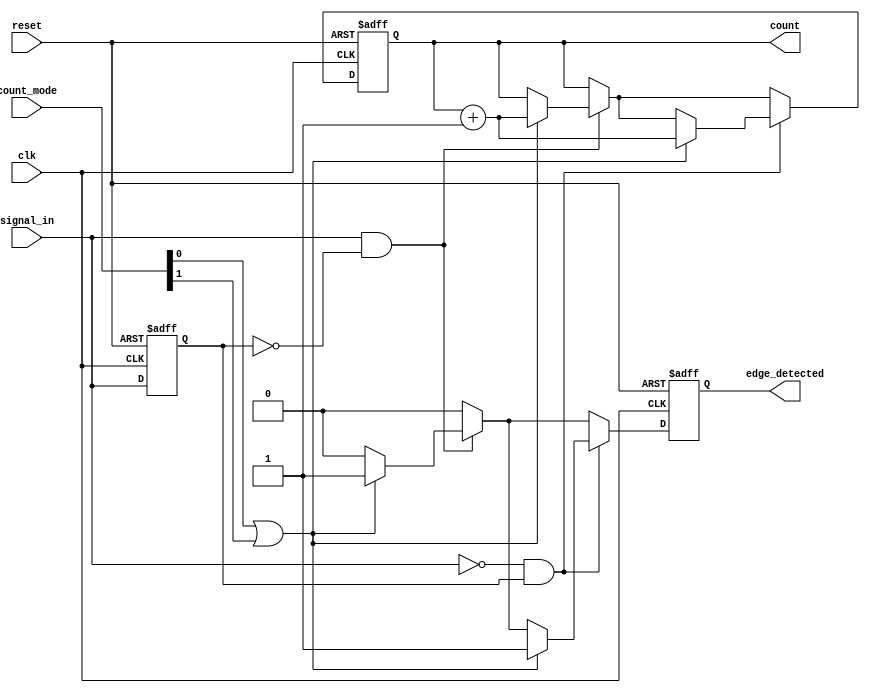
module edge_counter #(
    parameter COUNTER_WIDTH = 8 // Parameter to define the width of the counter
)(
    input wire clk,               // Clock signal
    input wire reset,             // Asynchronous reset signal
    input wire signal_in,         // Input signal to monitor for edges
    input wire [1:0] count_mode,  // Control signal for counting mode
    output reg [COUNTER_WIDTH-1:0] count, // Current count of detected edges
    output reg edge_detected       // Signal indicating that an edge has been detected
);

    // State register to hold the previous state of signal_in
    reg signal_in_prev;

    // Edge detection logic
    always @(posedge clk or posedge reset) begin
        if (reset) begin
            count <= 0;               // Reset the counter to zero
            edge_detected <= 0;       // Clear edge detected signal
            signal_in_prev <= 0;      // Initialize previous state
        end else begin
            edge_detected <= 0;       // Clear edge detected signal on each clock cycle
            
            // Check for rising edge
            if (signal_in && !signal_in_prev) begin
                if (count_mode[0] || count_mode[1]) begin // Count rising edges if mode allows
                    count <= count + 1;
                    edge_detected <= 1; // Indicate that an edge has been detected
                end
            end
            
            // Check for falling edge
            if (!signal_in && signal_in_prev) begin
                if (count_mode[1] || count_mode[0]) begin // Count falling edges if mode allows
                    count <= count + 1;
                    edge_detected <= 1; // Indicate that an edge has been detected
                end
            end
            
            // Update previous state
            signal_in_prev <= signal_in;
        end
    end

endmodule